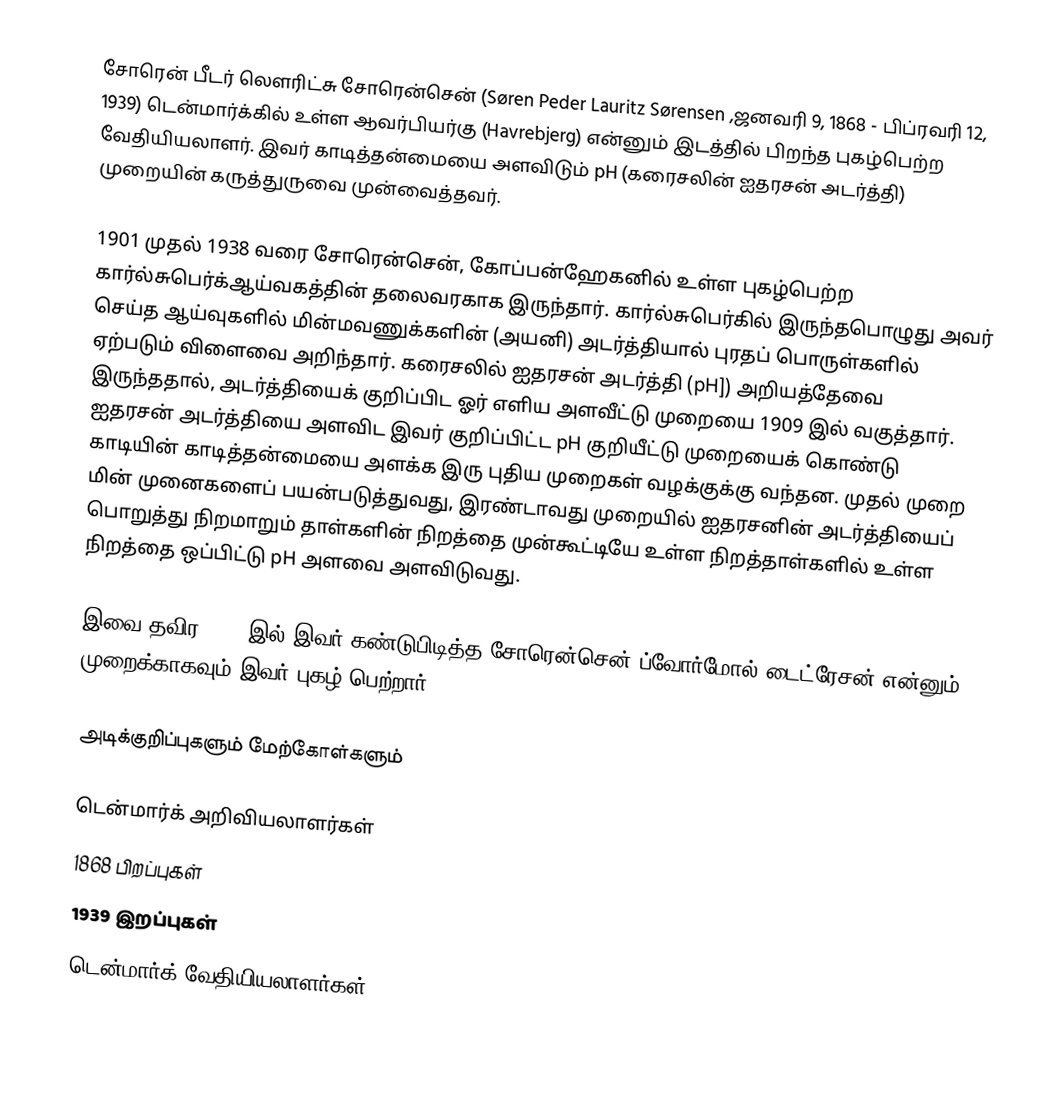
சோரென் பீடர் லௌரிட்சு சோரென்சென் (Søren Peder Lauritz Sørensen ,ஜனவரி 9, 1868 - பிப்ரவரி 12, 1939) டென்மார்க்கில் உள்ள ஆவர்பியர்கு (Havrebjerg) என்னும் இடத்தில் பிறந்த புகழ்பெற்ற வேதியியலாளர். இவர் காடித்தன்மையை அளவிடும் pH (கரைசலின் ஐதரசன் அடர்த்தி) முறையின் கருத்துருவை முன்வைத்தவர்.

1901 முதல் 1938 வரை சோரென்சென், கோப்பன்ஹேகனில் உள்ள புகழ்பெற்ற கார்ல்சுபெர்க்ஆய்வகத்தின் தலைவரகாக இருந்தார். கார்ல்சுபெர்கில் இருந்தபொழுது அவர் செய்த ஆய்வுகளில் மின்மவணுக்களின் (அயனி) அடர்த்தியால் புரதப் பொருள்களில் ஏற்படும் விளைவை அறிந்தார். கரைசலில் ஐதரசன் அடர்த்தி (pH]) அறியத்தேவை இருந்ததால், அடர்த்தியைக் குறிப்பிட ஓர் எளிய அளவீட்டு முறையை 1909 இல் வகுத்தார். ஐதரசன் அடர்த்தியை அளவிட  இவர் குறிப்பிட்ட pH குறியீட்டு முறையைக் கொண்டு காடியின் காடித்தன்மையை அளக்க இரு புதிய முறைகள் வழக்குக்கு வந்தன. முதல் முறை மின் முனைகளைப் பயன்படுத்துவது, இரண்டாவது முறையில் ஐதரசனின் அடர்த்தியைப் பொறுத்து நிறமாறும் தாள்களின் நிறத்தை முன்கூட்டியே உள்ள நிறத்தாள்களில் உள்ள நிறத்தை ஒப்பிட்டு pH அளவை அளவிடுவது.

இவை தவிர 1907 இல் இவர் கண்டுபிடித்த சோரென்சென் ப்வோர்மோல் டைட்ரேசன் என்னும் முறைக்காகவும் இவர் புகழ் பெற்றார்.

அடிக்குறிப்புகளும் மேற்கோள்களும்

டென்மார்க் அறிவியலாளர்கள்
1868 பிறப்புகள்
1939 இறப்புகள்
டென்மார்க் வேதியியலாளர்கள்